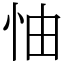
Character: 怞